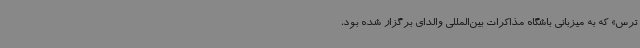
ترس» که به میزبانی باشگاه مذاکرات بین‌المللی والدای برگزار شده بود،